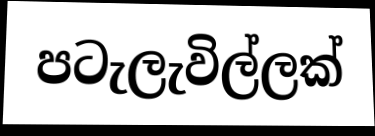
පටැලැවිල්ලක්